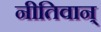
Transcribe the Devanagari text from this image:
नीतिवान्‌